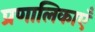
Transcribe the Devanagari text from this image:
प्रणालिकाएँ